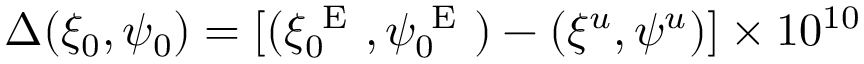
\Delta ( \xi _ { 0 } , \psi _ { 0 } ) = [ ( \xi _ { 0 } ^ { \mathrm { ~ E ~ } } , \psi _ { 0 } ^ { \mathrm { ~ E ~ } } ) - ( \xi ^ { u } , \psi ^ { u } ) ] \times 1 0 ^ { 1 0 }